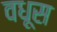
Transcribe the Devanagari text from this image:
वधूस